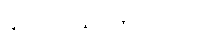
၉။ ၁၂-ဩဂုတ်-၂၀၀၀